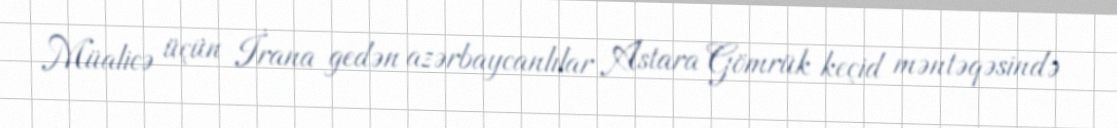
Müalicə üçün İrana gedən azərbaycanlılar Astara Gömrük keçid məntəqəsində